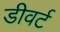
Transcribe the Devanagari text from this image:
डीवर्ट